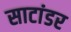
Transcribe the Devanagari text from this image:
साटांडर